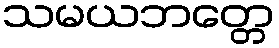
သမယဘတ္တေ